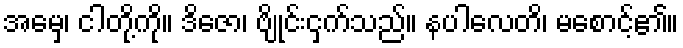
အမှေ၊ ငါတို့ကို။ ဒိဇော၊ ဗျိုင်းငှက်သည်။ နပါလေတိ၊ မစောင့်၏။